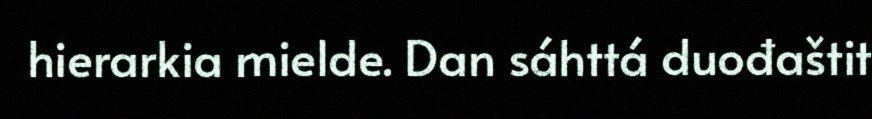
hierarkia mielde. Dan sáhttá duođaštit